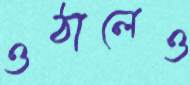
ওঠালেও